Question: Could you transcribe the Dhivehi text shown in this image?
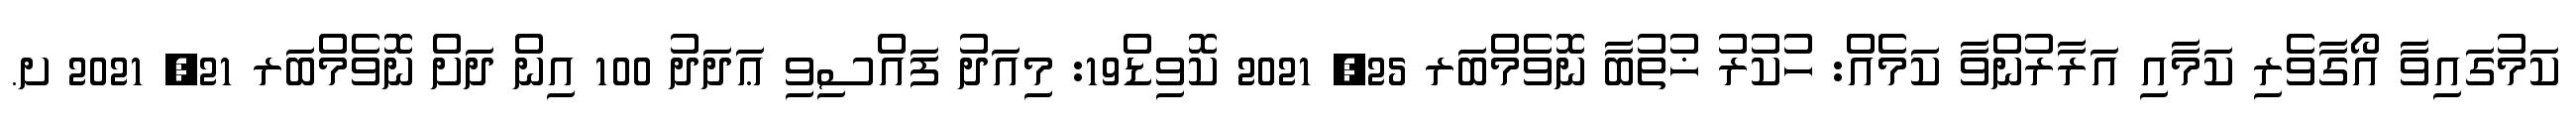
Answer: ކަމުގައިވާ އޯގާވެރި ކަމާއި އަރާރުންވާ ކަމެއް: ހުކުރު ޚުތުބާ ނޮވެމްބަރ 25, 2021 ކޮވިޑް19: މިއަދު ފައްސިވި ޢަދަދު 100 އިން ދަށް ނޮވެމްބަރ 21, 2021 ށ.